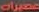
عصيرات